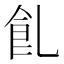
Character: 𩚂